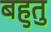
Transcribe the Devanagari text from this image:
बहुतु